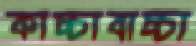
কাচ্চাবাচ্চা